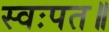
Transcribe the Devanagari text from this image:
स्वःपत॥